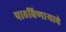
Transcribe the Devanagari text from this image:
पाठविणाऱ्याचे